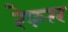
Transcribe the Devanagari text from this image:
रेफरर